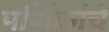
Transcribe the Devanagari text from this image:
पर्णिकांचे